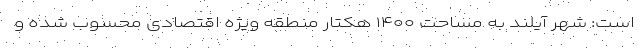
است: شهر آیلند به مساحت ۱۴۰۰ هکتار منطقه ویژه اقتصادی محسوب شده و